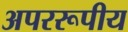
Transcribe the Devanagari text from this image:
अपररूपीय